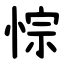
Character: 悰